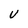
Character: V